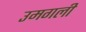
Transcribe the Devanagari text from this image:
उमगली